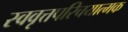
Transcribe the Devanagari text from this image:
स्ववृत्तपरिचयात्मक